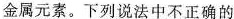
金属元素。下列说法中不正确的